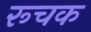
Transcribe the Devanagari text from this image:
रूचक